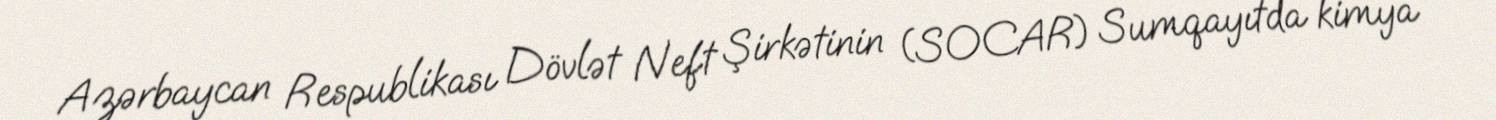
Azərbaycan Respublikası Dövlət Neft Şirkətinin (SOCAR) Sumqayıtda kimya